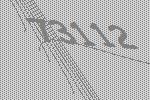
73112